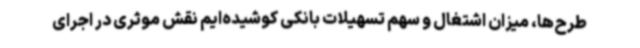
طرح‌ها، میزان اشتغال و سهم تسهیلات بانکی کوشیده‌ایم نقش موثری در اجرای